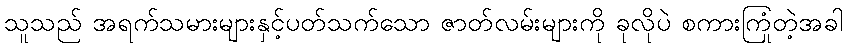
သူသည် အရက်သမားများနှင့်ပတ်သက်သော ဇာတ်လမ်းများကို ခုလိုပဲ စကားကြုံတဲ့အခါ